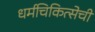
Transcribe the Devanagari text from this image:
धर्मचिकित्सेची